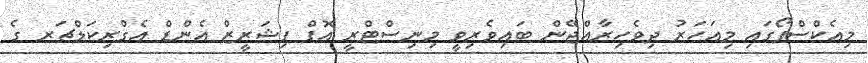
މިއެކްސްޕޯގައި މިއަހަރު ދިވެހިރާއްޖޭން ބައިވެރިވީ މިނިސްޓްރީ އޮފް ފިޝަރީޒް އެންޑް އެގްރިކަލްޗަރ ގެ